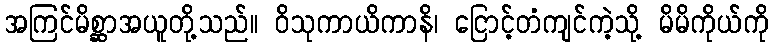
အကြင်မိစ္ဆာအယူတို့သည်။ ဝိသုကာယိကာနိ၊ ငြောင့်တံကျင်ကဲ့သို့ မိမိကိုယ်ကို